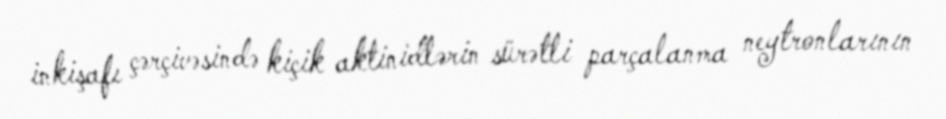
inkişafı çərçivəsində kiçik aktinidlərin sürətli parçalanma neytronlarının